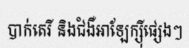
បាក់តេរី និងជំងឺអាឡែក្ស៊ីផ្សេងៗ